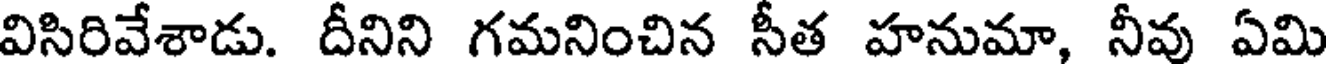
విసిరివేశాడు. దీనిని గమనించిన సీత హనుమా, నీవు ఏమి